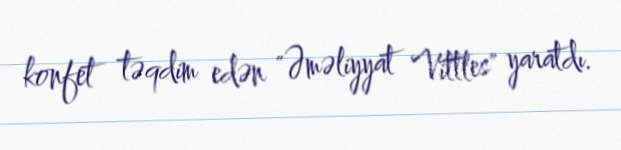
konfet təqdim edən "Əməliyyat Vittles" yaratdı.